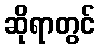
ဆိုရာတွင်